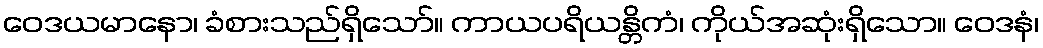
ဝေဒယမာနော၊ ခံစားသည်ရှိသော်။ ကာယပရိယန္တိကံ၊ ကိုယ်အဆုံးရှိသော။ ဝေဒနံ၊